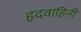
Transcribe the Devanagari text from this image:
हृदवाहिनी